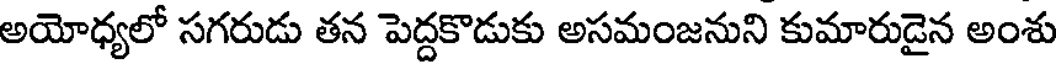
అయోధ్యలో సగరుడు తన పెద్దకొడుకు అసమంజనుని కుమారుడైన అంశు